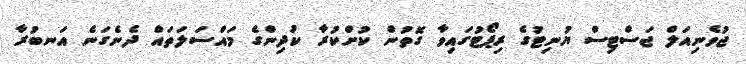
ޖުވެނިއަލް ޖަސްޓިސް ޔުނިޓުގެ ރިޕޯޓުގައިވާ ގޮތުން ކުށްކުރާ ކުދިންގެ މައްސަލަތައް ދެނެގަނެ އަނބުރާ